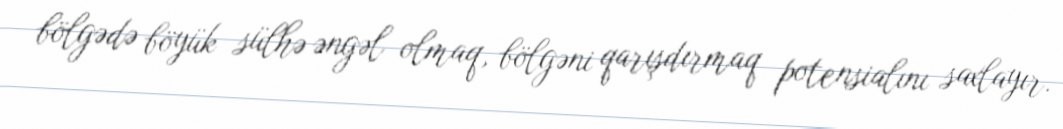
bölgədə böyük sülhə əngəl olmaq, bölgəni qarışdırmaq potensialını saxlayır.